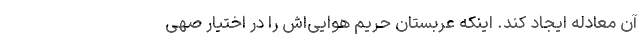
آن معادله ایجاد کند. اینکه عربستان حریم هوایی‌اش را در اختیار صهی